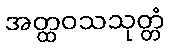
အတ္ထဝသသုတ္တံ